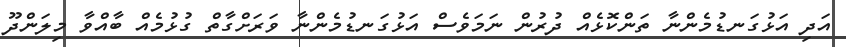
އަދި އަޅުގަނޑުމެންނާ ތަންކޮޅެއް ދުރުން ނަމަވެސް އަޅުގަނޑުމެންނާ ވަރަށްގާތް ގުޅުމެއް ބާއްވާ މިލަންދޫ